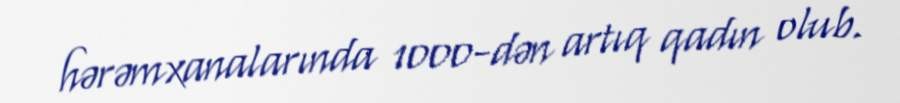
hərəmxanalarında 1000-dən artıq qadın olub.